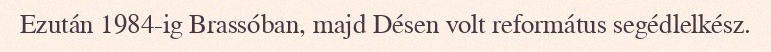
Ezután 1984-ig Brassóban, majd Désen volt református segédlelkész.